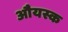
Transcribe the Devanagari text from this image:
औयस्क